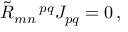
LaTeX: { \tilde { R } } _ { m n } \, ^ { p q } J _ { p q } = 0 \, ,